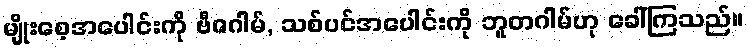
မျိုးစေ့အပေါင်းကို ဗီဇဂါမ်, သစ်ပင်အပေါင်းကို ဘူတဂါမ်ဟု ခေါ်ကြသည်။